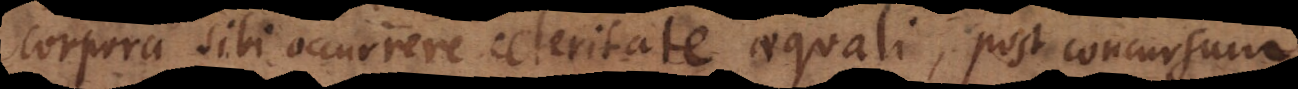
corpora sibi occurrere celeritate aequali, post concursum